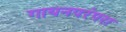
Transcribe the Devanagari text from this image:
गायनपरंपरा